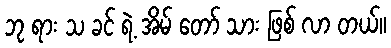
ဘု ရား သ ခင် ရဲ့ အိမ် တော် သား ဖြစ် လာ တယ်။